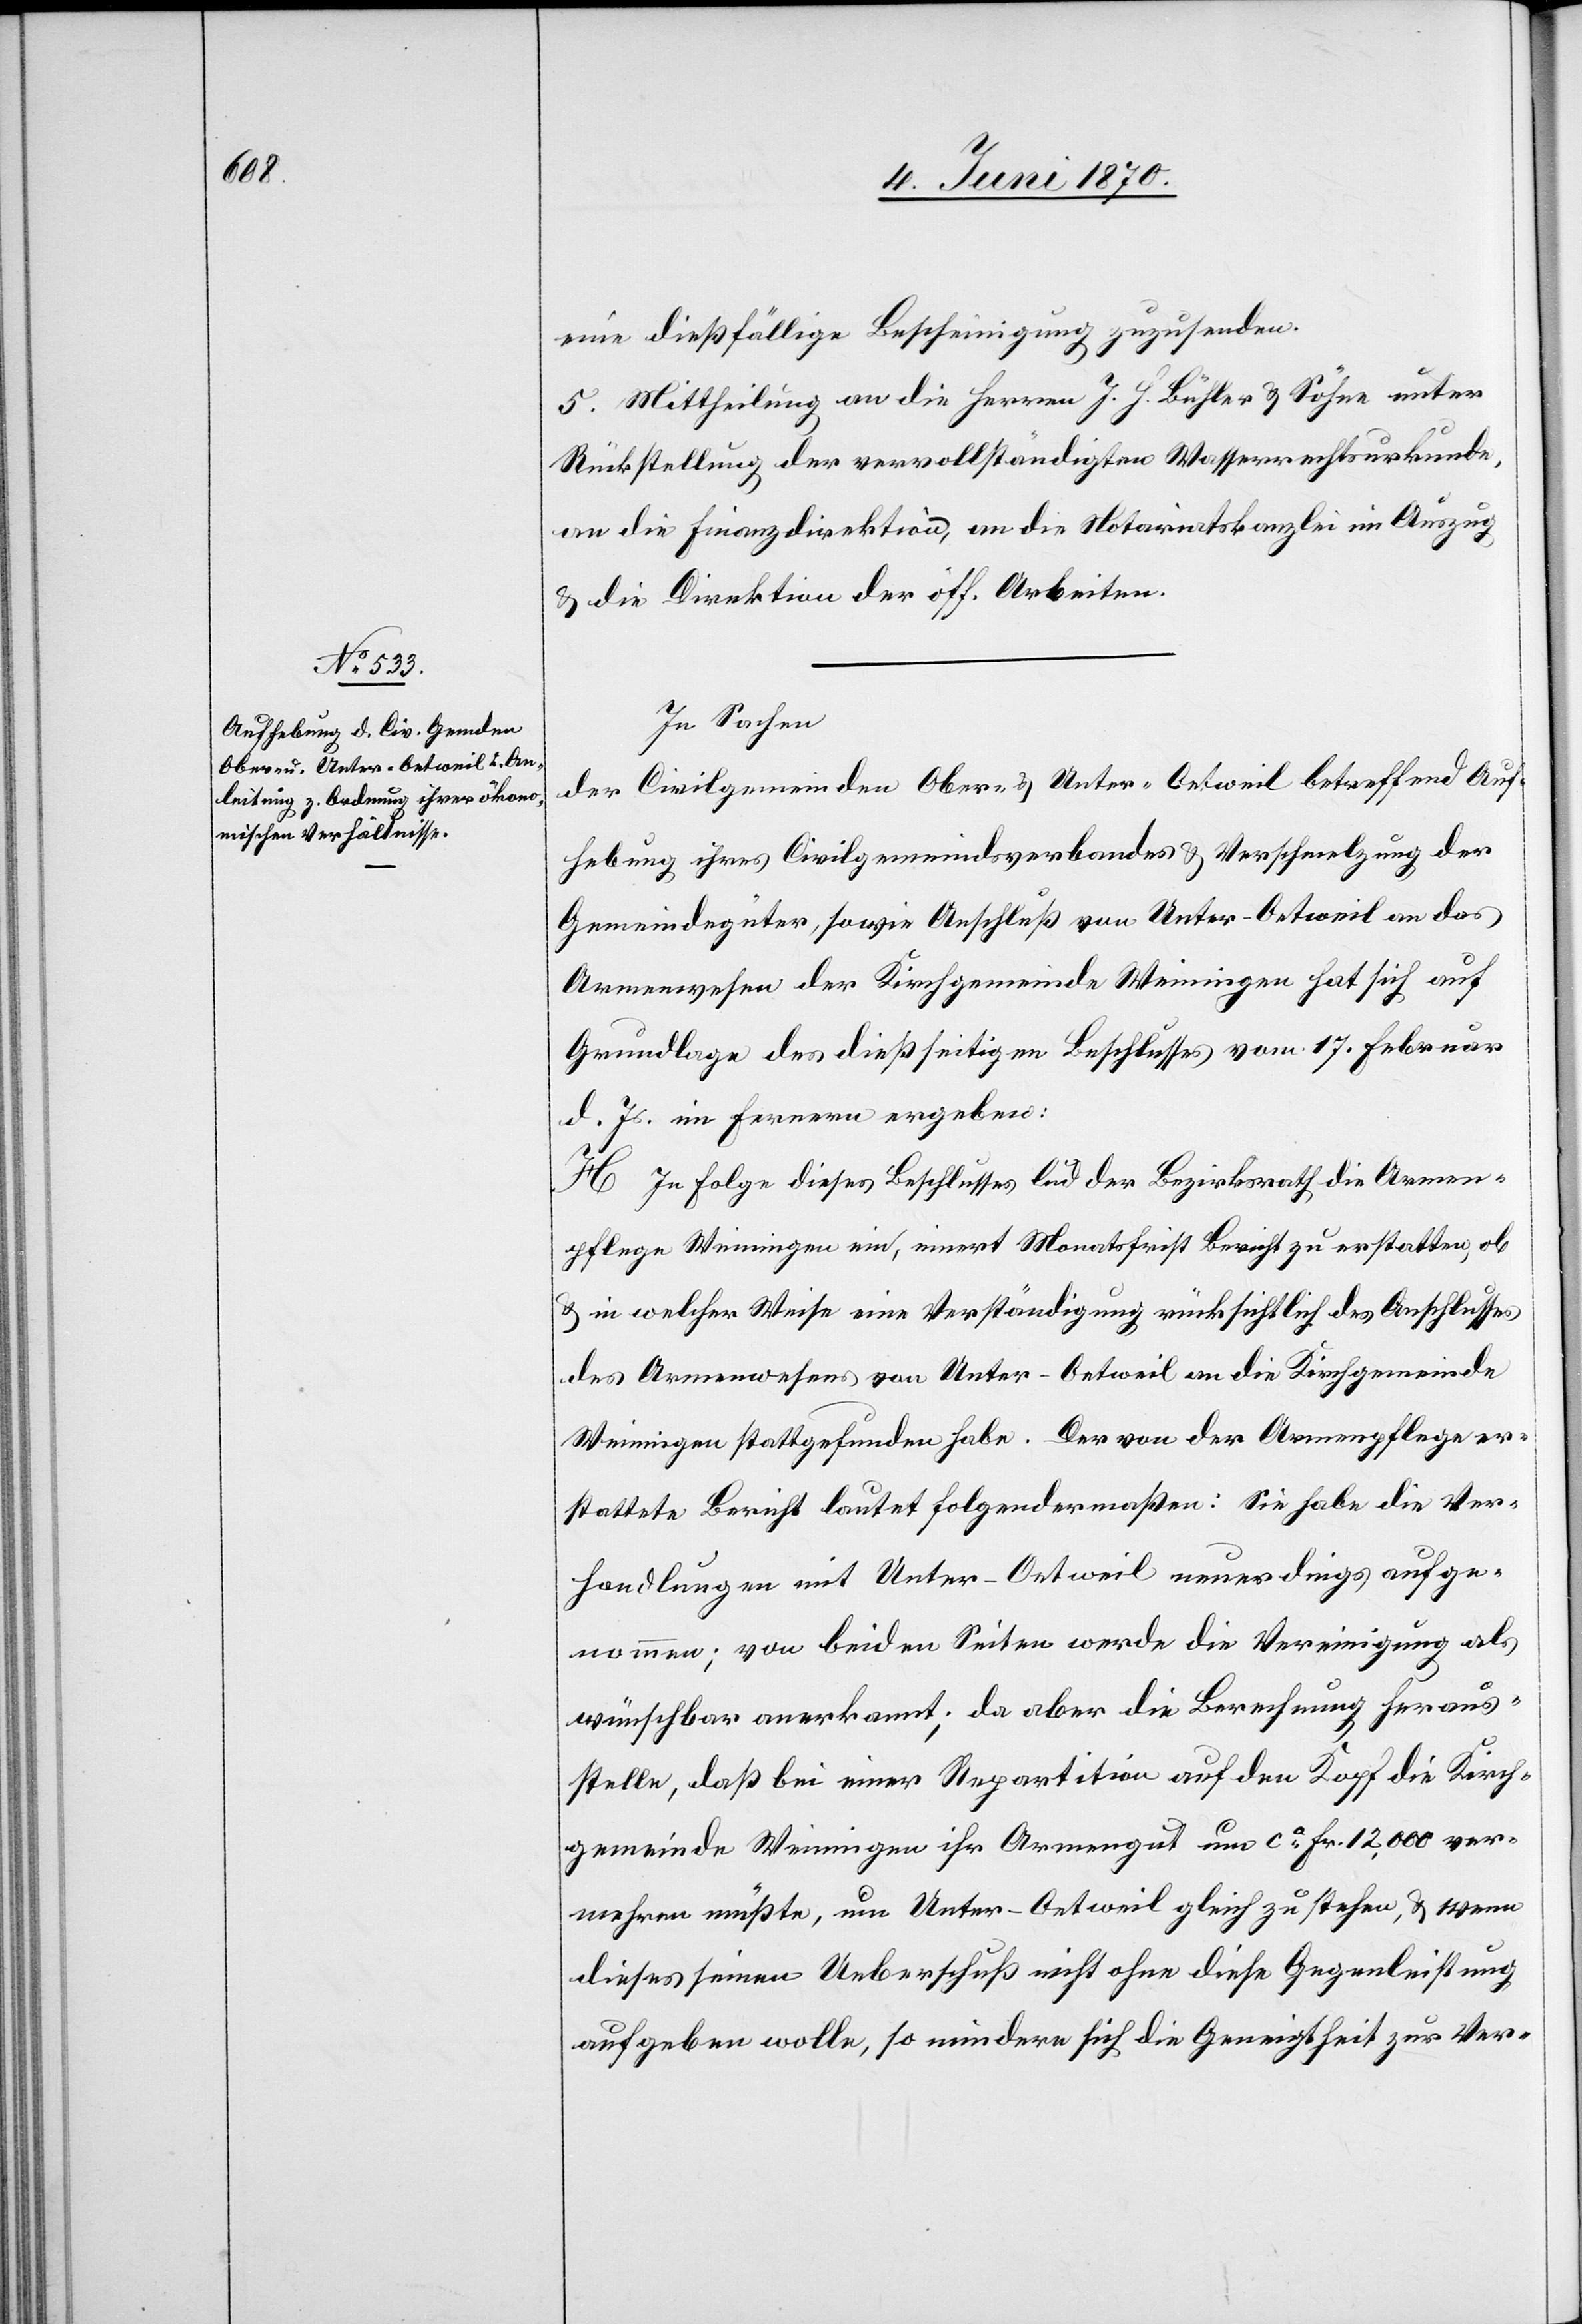
eine dießfällige Bescheinigung zuzusenden.
5. Mittheilung an die Herren J. H. Bühler & Söhne unter
Rückstellung der vervollständigten Wasserrechtsurkunde,
an die Finanzdirektion, an die Notariatskanzlei im Auszug
& die Direktion der öff. Arbeiten.
In Sachen
der Civilgemeinden Ober- & Unter-Oetweil betreffend Auf¬
hebung ihres Civilgemeindsverbandes & Verschmelzung der
Gemeindegüter, sowie Anschluß von Unter-Oetweil an das
Armenwesen der Kirchgemeinde Weiningen hat sich auf
Grundlage des dießseitigen Beschlusses vom 17. Februar
d. Js. im Fernern ergeben:
H. In Folge dieses Beschlusses lud der Bezirksrath die Armen¬
pflege Weininigen ein, innert Monatsfrist Bericht zu erstatten, ob
& in welcher Weise eine Verständigung rücksichtlich des Anschlusses
des Armenwesens von Unter-Oetweil an die Kirchgemeinde
Weiningen stattgefunden habe. Der von der Armenpflege er¬
stattete Bericht lautet folgendermaßen: Sie habe die Ver¬
handlungen mit Unter-Oetweil neuerdings aufge¬
nommen; von beiden Seiten werde die Vereinigung als
wünschbar anerkannt; da aber die Berechnung heraus¬
stelle, daß bei einer Repartition auf den Kopf die Kirch¬
gemeinde Weiningen ihr Armengut um ca Fr. 12,000 ver¬
mehren müßte, um Unter-Oetweil gleich zu stehen, & wenn
dieses seinen Ueberschuß nicht ohne diese Gegenleistung
aufgeben wolle, so mindere sich die Geneigtheit zur Ver-